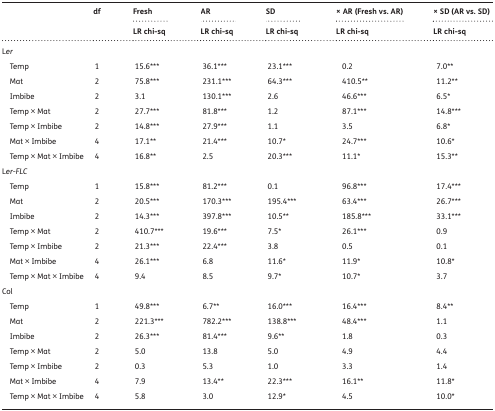
<table><thead><tr><td rowspan="2"></td><td rowspan="2"><b>df</b></td><td><b>Fresh</b></td><td><b>AR</b></td><td><b>SD</b></td><td><b>× AR (Fresh vs. AR)</b></td><td><b>× SD (AR vs. SD)</b></td></tr><tr><td><b>LR chi-sq</b></td><td><b>LR chi-sq</b></td><td><b>LR chi-sq</b></td><td><b>LR chi-sq</b></td><td><b>LR chi-sq</b></td></tr></thead><tbody><tr><td colspan="7">L<i>er</i></td></tr><tr><td> Temp</td><td>1</td><td>15.6***</td><td>36.1***</td><td>23.1***</td><td>0.2</td><td>7.0**</td></tr><tr><td> Mat</td><td>2</td><td>75.8***</td><td>231.1***</td><td>64.3***</td><td>410.5**</td><td>11.2**</td></tr><tr><td> Imbibe</td><td>2</td><td>3.1</td><td>130.1***</td><td>2.6</td><td>46.6***</td><td>6.5*</td></tr><tr><td> Temp × Mat</td><td>2</td><td>27.7***</td><td>81.8***</td><td>1.2</td><td>87.1***</td><td>14.8***</td></tr><tr><td> Temp × Imbibe</td><td>2</td><td>14.8***</td><td>27.9***</td><td>1.1</td><td>3.5</td><td>6.8*</td></tr><tr><td> Mat × Imbibe</td><td>4</td><td>17.1**</td><td>21.4***</td><td>10.7*</td><td>24.7***</td><td>10.6*</td></tr><tr><td> Temp × Mat × Imbibe</td><td>4</td><td>16.8**</td><td>2.5</td><td>20.3***</td><td>11.1*</td><td>15.3**</td></tr><tr><td colspan="7">L<i>er</i>-<i>FLC</i></td></tr><tr><td> Temp</td><td>1</td><td>15.8***</td><td>81.2***</td><td>0.1</td><td>96.8***</td><td>17.4***</td></tr><tr><td> Mat</td><td>2</td><td>20.5***</td><td>170.3***</td><td>195.4***</td><td>63.4***</td><td>26.7***</td></tr><tr><td> Imbibe</td><td>2</td><td>14.3***</td><td>397.8***</td><td>10.5**</td><td>185.8***</td><td>33.1***</td></tr><tr><td> Temp × Mat</td><td>2</td><td>410.7***</td><td>19.6***</td><td>7.5*</td><td>26.1***</td><td>0.9</td></tr><tr><td> Temp × Imbibe</td><td>2</td><td>21.3***</td><td>22.4***</td><td>3.8</td><td>0.5</td><td>0.1</td></tr><tr><td> Mat × Imbibe</td><td>4</td><td>26.1***</td><td>6.8</td><td>11.6*</td><td>11.9*</td><td>10.8*</td></tr><tr><td> Temp × Mat × Imbibe</td><td>4</td><td>9.4</td><td>8.5</td><td>9.7*</td><td>10.7*</td><td>3.7</td></tr><tr><td colspan="7">Col</td></tr><tr><td> Temp</td><td>1</td><td>49.8***</td><td>6.7**</td><td>16.0***</td><td>16.4***</td><td>8.4**</td></tr><tr><td> Mat</td><td>2</td><td>221.3***</td><td>782.2***</td><td>138.8***</td><td>48.4***</td><td>1.1</td></tr><tr><td> Imbibe</td><td>2</td><td>26.3***</td><td>81.4***</td><td>9.6**</td><td>1.8</td><td>0.3</td></tr><tr><td> Temp × Mat</td><td>2</td><td>5.0</td><td>13.8</td><td>5.0</td><td>4.9</td><td>4.4</td></tr><tr><td> Temp × Imbibe</td><td>2</td><td>0.3</td><td>5.3</td><td>1.0</td><td>3.3</td><td>1.4</td></tr><tr><td> Mat × Imbibe</td><td>4</td><td>7.9</td><td>13.4**</td><td>22.3***</td><td>16.1**</td><td>11.8*</td></tr><tr><td> Temp × Mat × Imbibe</td><td>4</td><td>5.8</td><td>3.0</td><td>12.9*</td><td>4.5</td><td>10.0*</td></tr></tbody></table>